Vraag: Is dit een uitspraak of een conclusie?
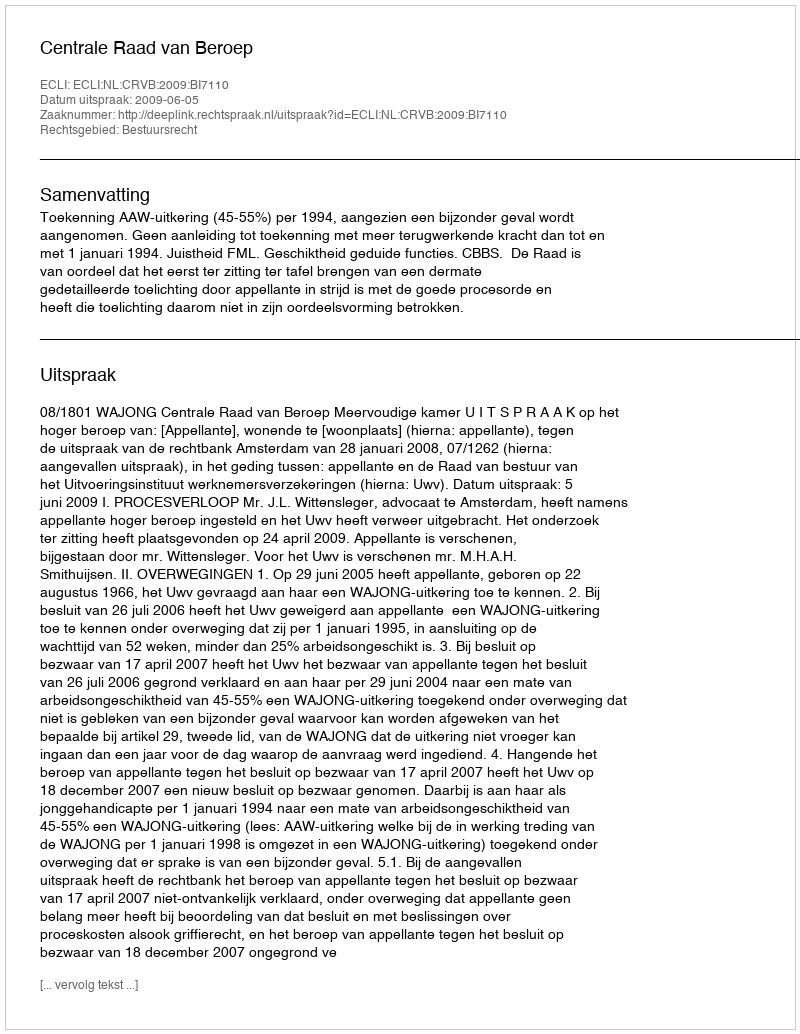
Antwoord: Uitspraak